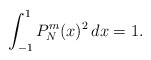
\begin{align*}\int_{-1}^1 P_N^m(x)^2 \, dx = 1.\end{align*}